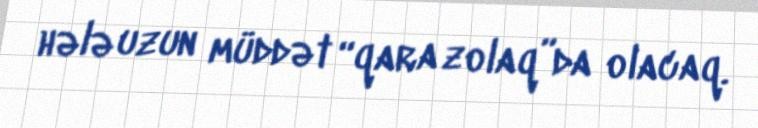
hələ uzun müddət “qara zolaq”da olacaq.